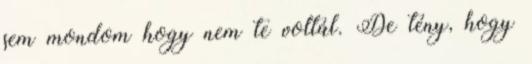
sem mondom hogy nem te voltál. De tény, hogy